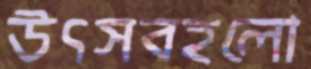
উৎসবহলো